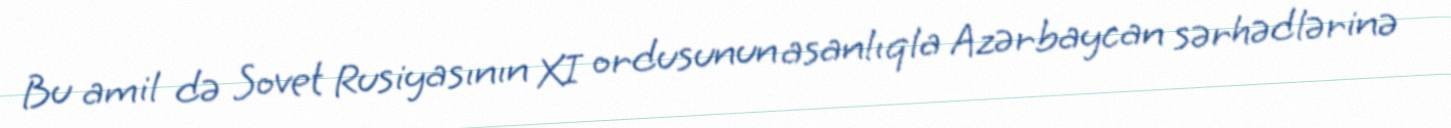
Bu amil də Sovet Rusiyasının XI ordusunun asanlıqla Azərbaycan sərhədlərinə